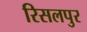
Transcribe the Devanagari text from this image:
रिसलपुर